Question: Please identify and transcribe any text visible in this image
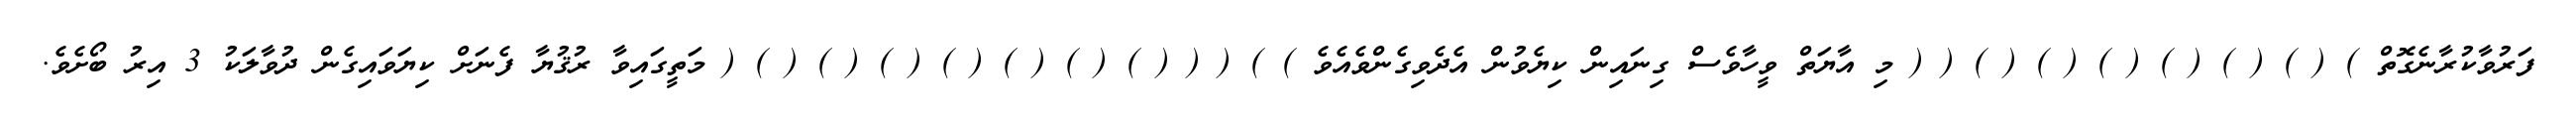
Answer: ފަރުވާކުރާނެގޮތް ) ( ) ( ) ( ) ( ) ( ) ( ) ( ( މި އާޔަތް ވީހާވެސް ގިނައިން ކިޔެވުން އެދެވިގެންވެއެވެ ) ) ( ( ( ) ( ) ( ) ( ) ( ) ( ) ( ) ( މަތީގައިވާ ރުޤުޔާ ފެނަށް ކިޔަވައިގެން ދުވާލަކު 3 އިރު ބޯށެވެ.